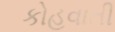
કોહવાતી